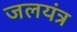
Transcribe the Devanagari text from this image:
जलयंत्र